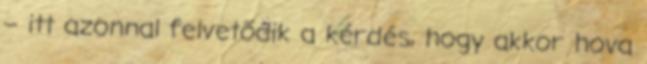
– itt azonnal felvetődik a kérdés, hogy akkor hova